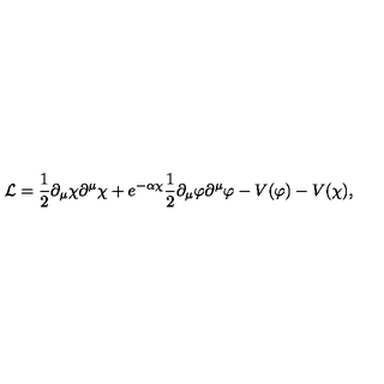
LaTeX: { \cal L } = \frac { 1 } { 2 } \partial _ { \mu } \chi \partial ^ { \mu } \chi + e ^ { - \alpha \chi } \frac { 1 } { 2 } \partial _ { \mu } \varphi \partial ^ { \mu } \varphi - V ( \varphi ) - V ( \chi ) ,